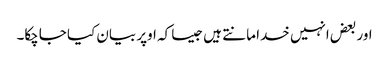
اور بعض انہیں خدا مانتے ہیں جیسا کہ اوپر بیان کیا جاچکا۔